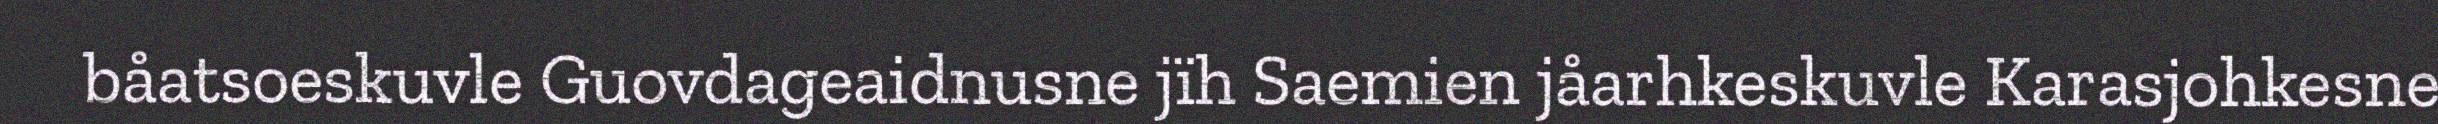
båatsoeskuvle Guovdageaidnusne jïh Saemien jåarhkeskuvle Karasjohkesne